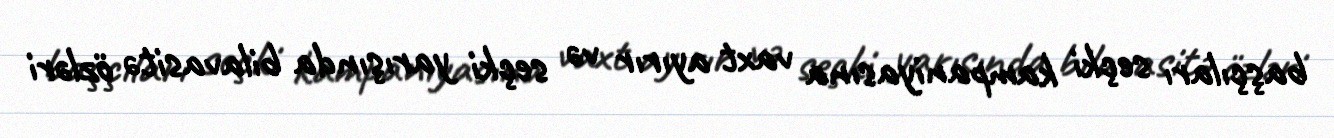
başçıları seçki kampaniyasına vaxt ayırır və seçki yarışında bilavasitə özləri